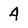
Character: 4